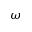
\omega